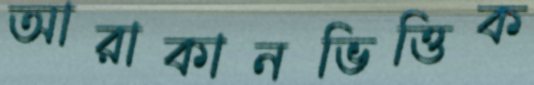
আরাকানভিত্তিক